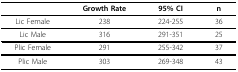
|  | Growth Rate | 95% CI | n |
 | --- | --- | --- | --- |
 | Lic Female | 238 | 224-255 | 36 |
 | Lic Male | 316 | 291-351 | 25 |
 | Plic Female | 291 | 255-342 | 37 |
 | Plic Male | 303 | 269-348 | 43 |